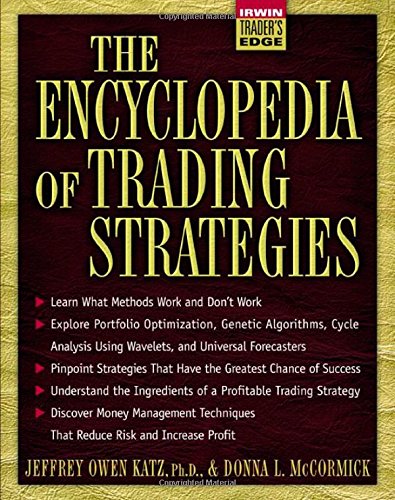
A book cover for The Encyclopedia of Trading Strategies; Jeffrey Owen Katz Ph.D.; Business & Money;